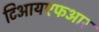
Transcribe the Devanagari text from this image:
टिआयएफआर